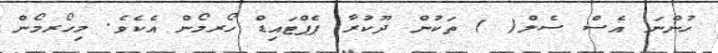
ހުންނަ އެސް ސެލް( ) ތަކުން ދޫކުރާ ޕެޕްޓައިޑް ހޯރމޯން އެކެވެ. މިހޯރމޯން